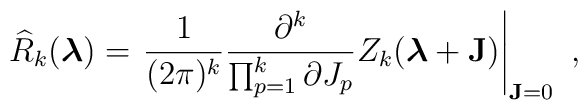
\widehat{R}_k(\mbox{\boldmath$\lambda$\unboldmath})= \left.\frac{1}{(2\pi)^k}\frac{\partial^k}{\prod_{p=1}^{k}\partial J_p}Z_k(\mbox{\boldmath$\lambda$\unboldmath}+{\bf J})\right|_{{\bf J}=0} \ ,